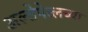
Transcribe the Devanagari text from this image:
अल्तेपेत्लच्या